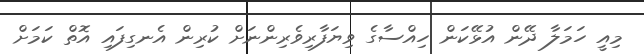
މިއީ ހަމަލާ ދޭން އުޅޭކަން ހިއްސާގެ ވިޔަފާރިވެރިންނަށް ކުރިން އެނގިފައި އޮތް ކަމަށް